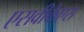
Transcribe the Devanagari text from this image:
एसवीकेएस